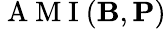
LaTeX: \mathrm{~A~M~I~}(\mathbf{B},\mathbf{P})